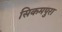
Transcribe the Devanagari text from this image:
सिकमपुरा